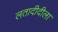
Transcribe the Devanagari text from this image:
लतादीदीला